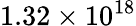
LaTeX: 1.32\times 10^{18}